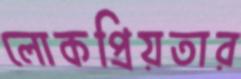
লোকপ্রিয়তার